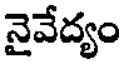
నైవేద్యం